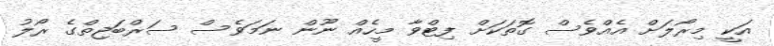
އަކީ މިރޯލަށް އެއްވެސް ގޮތަކަށް ފިޓްވާ މީހެއް ނޫން ނަމަވެސް ސަރްބަޖިތްގެ ރޯލު